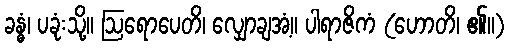
ခန္ဓံ၊ ပခုံးသို့။ ဩရောပေတိ၊ လျှောချအံ့။ ပါရာဇိကံ (ဟောတိ၊ ၏။)